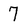
Character: 7